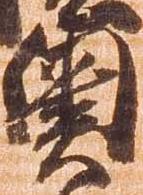
奥